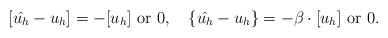
\begin{align*}[\hat{u_h}-u_h] & = -[u_h]\ {\rm or}\ 0, \quad\{\hat{u_h}-u_h\} = - \beta\cdot [u_h] \ {\rm or}\ 0.\end{align*}